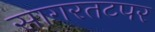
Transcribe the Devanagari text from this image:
सागरतटपर